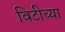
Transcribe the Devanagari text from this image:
विटीच्या